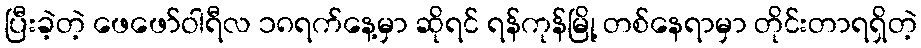
ပြီးခဲ့တဲ့ ဖေဖော်ဝါရီလ ၁၈ရက်နေ့မှာ ဆိုရင် ရန်ကုန်မြို့ တစ်နေရာမှာ တိုင်းတာရရှိတဲ့